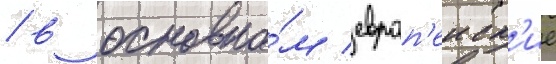
/ в основно́м европ'еиск'ие